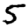
Digit: 5